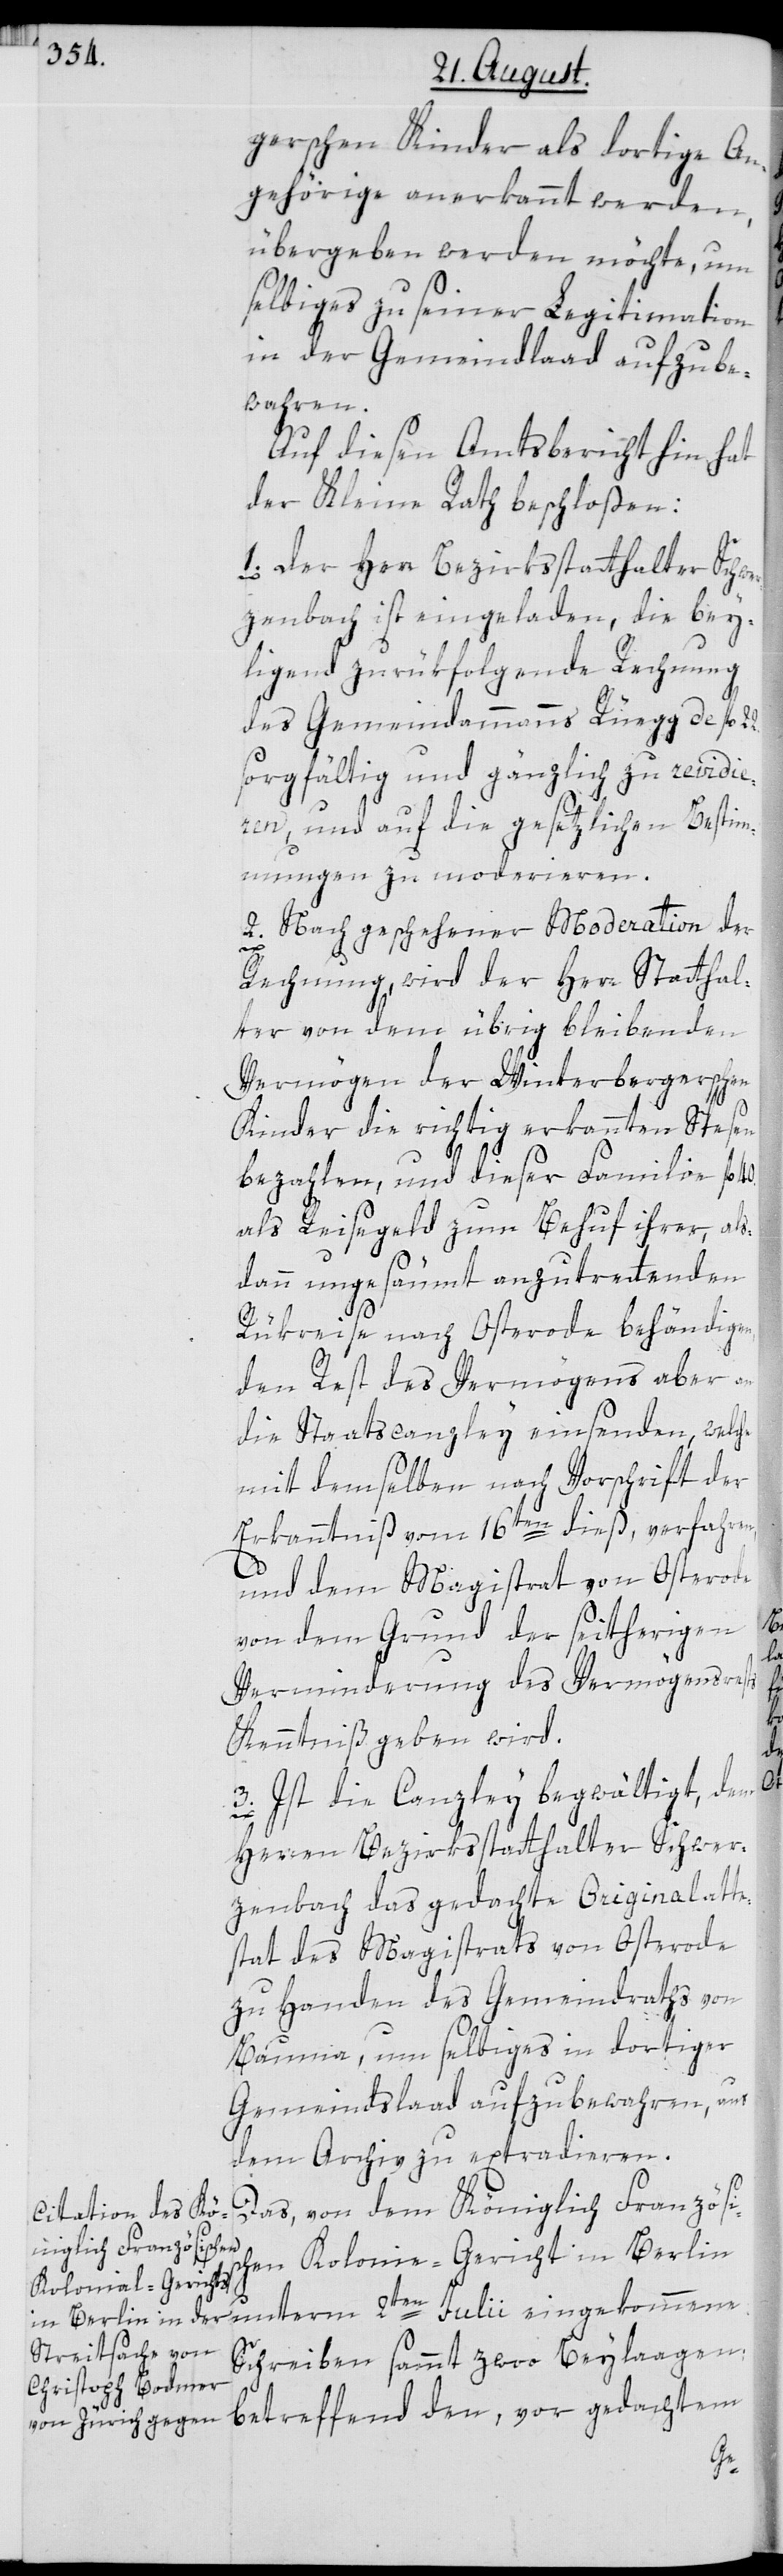
gerschen Kinder als dortige An¬
gehörige anerkannt werden,
übergeben werden möchte, um
selbiges zu seiner Legitimation
in der Gemeindlaad aufzube¬
wahren.
Auf diesen Amtsbericht hin hat
der Kleine Rath beschloßen:
1. Der Herr Bezirksstatthalter Schwe¬
rzenbach ist eingeladen, die bey¬
ligend zurükfolgende Rechnung
des Gemeinammanns Rüegg de fl.
sorgfältig und gänzlich zu revidie¬
ren, und auf die gesetzlichen Bestim¬
mungen zu moderieren.
2. Nach geschehener Moderation der
gekommene
Rechnung, wird der Herr Statthal¬
ter von dem übrig bleibenden
Vermögen der Winterbergerschen
Kinder die richtig erkannten Spesen
bezahlen, und dieser Familie fl.
als Reisegeld zum Behuf ihrer, als¬
dann ungesäumt anzutretenden
Rükreise nach Osterode behändige¬
den Rest des Vermögens aber an
die Staatscanzley einsenden, welche
mit demselben nach Vorschrift der
Erkanntniß vom 16ten dieß, verfahren
und dem Magistrat von Osterode
von dem Grund der seitherigen
Verminderung des Vermögensrests
Kenntniß geben wird.
3. Ist die Canzley begwältigt, dem
Herren Bezirksstatthalter Schwer¬
zenbach das gedachte Originalatte¬
stat des Magistrats von Osterode
zu Handen des Gemeindraths von
Bauma, um selbiges in dortiger
Gemeindslaad aufzubewahren, aus
dem Archiv zu extradieren.
Das, von dem Königlich Französis¬
chen Kolonie-Gericht in Berlin
Schreiben sammt zwoo Beylaagen
betreffend den, vor gedachtem
2ten

40.